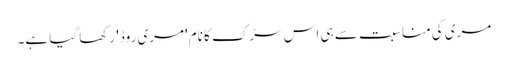
مری کی مناسبت سے ہی اس سڑک کا نام 'مری روڈ' رکھا گیا ہے۔